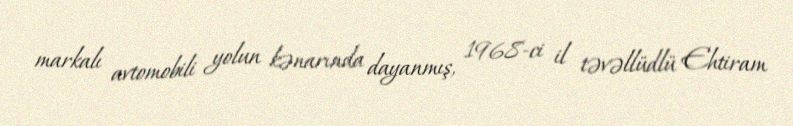
markalı avtomobili yolun kənarında dayanmış, 1968-ci il təvəllüdlü Ehtiram